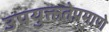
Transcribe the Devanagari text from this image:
उपयुक्ततेप्रमाणे